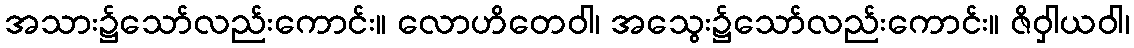
အသား၌သော်လည်းကောင်း။ လောဟိတေဝါ၊ အသွေး၌သော်လည်းကောင်း။ ဇိဝှါယဝါ၊